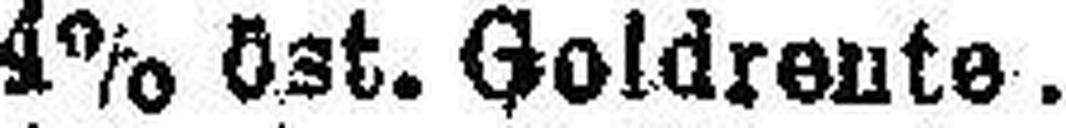
4% Ost. Goldrente.